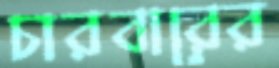
চারবারের